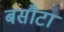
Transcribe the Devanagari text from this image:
बसौटा